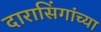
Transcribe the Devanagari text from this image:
दारासिंगांच्या